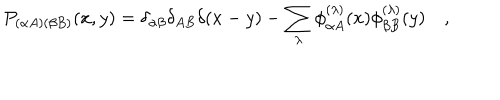
P _ { ( \alpha A ) ( \beta B ) } ( x , y ) = \delta _ { \alpha \beta } \delta _ { A B } \delta ( x - y ) - \sum _ { \lambda } \phi _ { \alpha A } ^ { ( \lambda ) } ( x ) \phi _ { \beta B } ^ { ( \lambda ) } ( y ) \quad ,